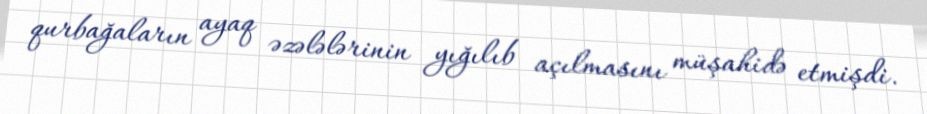
qurbağaların ayaq əzələlərinin yığılıb açılmasını müşahidə etmişdi.